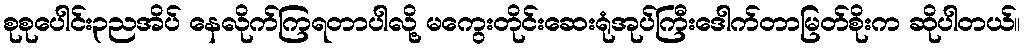
စုစုပေါင်း၃ညအိပ် နေလိုက်ကြရတာပါလို့ မကွေးတိုင်းဆေးရုံအုပ်ကြီးဒေါက်တာမြတ်စိုးက ဆိုပါတယ်။